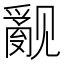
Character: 𰴝